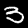
Digit: 3